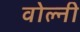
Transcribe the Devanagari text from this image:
वोल्नी